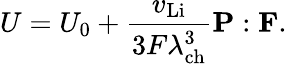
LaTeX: U=U_{0}+\frac{v_{\mathrm{Li}}}{3F\lambda_{\mathrm{ch}}^{3}}\mathbf{P}:\mathbf{F}.